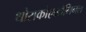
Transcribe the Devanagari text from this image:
थोराकोएब्डॉमिनल